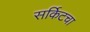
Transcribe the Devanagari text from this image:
सर्किटचा